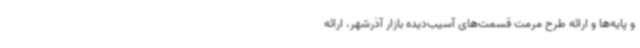
و پایه‌ها و ارائه طرح مرمت قسمت‌های آسیب‌دیده بازار آذرشهر، ارائه